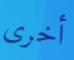
أخرى